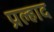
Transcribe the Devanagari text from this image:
प्रल्‍हाद